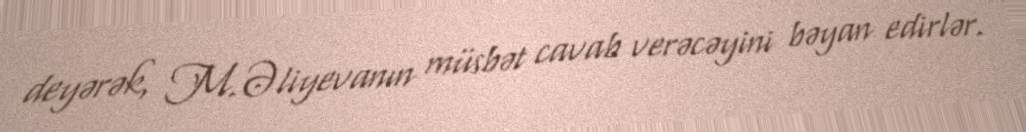
deyərək, M.Əliyevanın müsbət cavab verəcəyini bəyan edirlər.